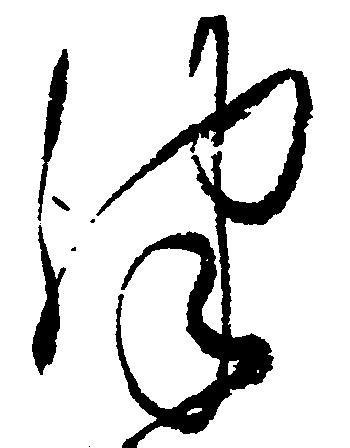
津